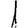
Digit: 1